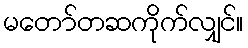
မတော်တဆကိုက်လျှင်။